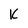
Character: K